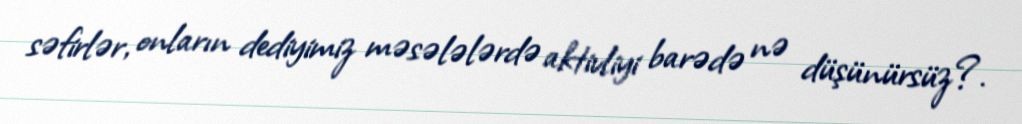
səfirlər, onların dediyimiz məsələlərdə aktivliyi barədə nə düşünürsüz?.